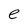
Character: e